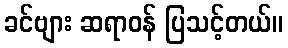
ခင်ဗျား ဆရာဝန် ပြသင့်တယ်။